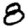
Digit: 8